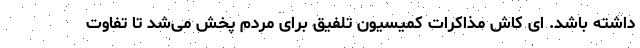
داشته باشد. ای کاش مذاکرات کمیسیون تلفیق برای مردم پخش می‌شد تا تفاوت